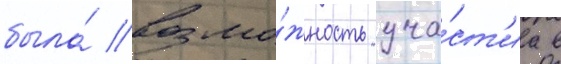
была́ возмо́жность уча́ст'иа в